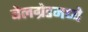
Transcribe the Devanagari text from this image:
बेलग्रेडमध्ये